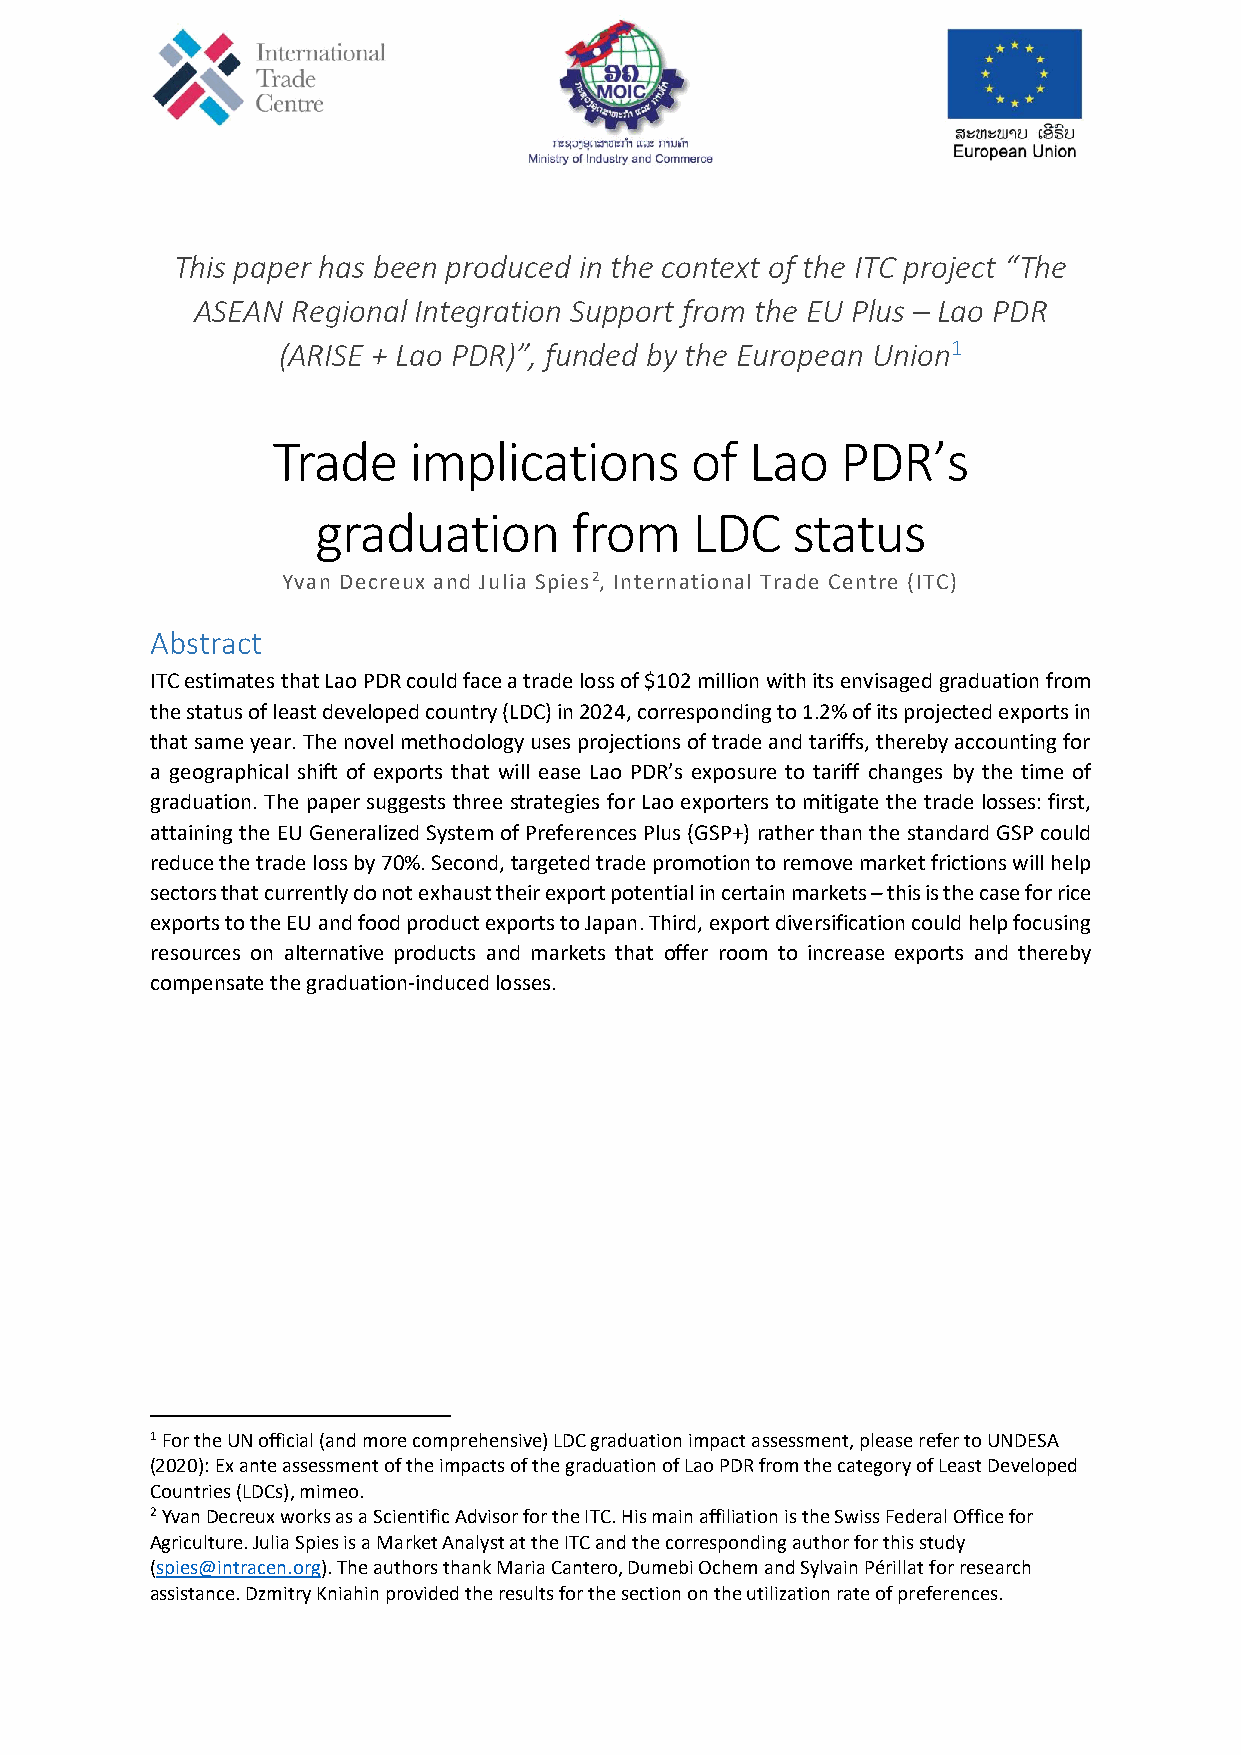
This paper has been produced in the context of the ITC project “The
 ASEAN Regional Integration Support from the EU Plus – Lao PDR
 (ARISE + Lao PDR)”, funded by the European Union1
 Trade    implications       of  Lao   PDR’s
 graduation       from    LDC   status
 Yvan Decreux and Julia Spies2, International Trade Centre (ITC)
 Abstract
 ITC estimates that Lao PDR could face a trade loss of $102 million with its envisaged graduation from
 the status of least developed country (LDC) in 2024, corresponding to 1.2% of its projected exports in
 that same year. The novel methodology uses projections of trade and tariffs, thereby accounting for
 a geographical shift of exports that will ease Lao PDR’s exposure to tariff changes by the time of
 graduation. The paper suggests three strategies for Lao exporters to mitigate the trade losses: first,
 attaining the EU Generalized System of Preferences Plus (GSP+) rather than the standard GSP could
 reduce the trade loss by 70%. Second, targeted trade promotion to remove market frictions will help
 sectors that currently do not exhaust their export potential in certain markets – this is the case for rice
 exports to the EU and food product exports to Japan. Third, export diversification could help focusing
 resources on alternative products and markets that offer room to increase exports and thereby
 compensate the graduation-induced losses.
 1 For the UN official (and more comprehensive) LDC graduation impact assessment, please refer to UNDESA
 (2020): Ex ante assessment of the impacts of the graduation of Lao PDR from the category of Least Developed
 Countries (LDCs), mimeo.
 2 Yvan Decreux works as a Scientific Advisor for the ITC. His main affiliation is the Swiss Federal Office for
 Agriculture. Julia Spies is a Market Analyst at the ITC and the corresponding author for this study
 (spies@intracen.org). The authors thank Maria Cantero, Dumebi Ochem and Sylvain Périllat for research
 assistance. Dzmitry Kniahin provided the results for the section on the utilization rate of preferences.